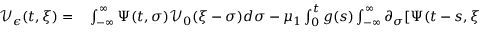
\begin{array} { r l } { \mathcal { V } _ { \epsilon } ( t , \xi ) = } & { { } \int _ { - \infty } ^ { \infty } \Psi ( t , \sigma ) \mathcal { V } _ { 0 } ( \xi - \sigma ) d \sigma - \mu _ { 1 } \int _ { 0 } ^ { t } g ( s ) \int _ { - \infty } ^ { \infty } \partial _ { \sigma } [ \Psi ( t - s , \xi - \sigma ) ] h _ { \epsilon } ( \sigma ) \mathcal { V } _ { \epsilon } ( s , \sigma ) d \sigma d s } \end{array}